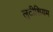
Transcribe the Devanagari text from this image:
लुटीशियम